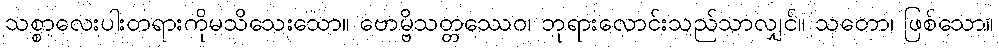
သစ္စာလေးပါးတရားကိုမသိသေးသော။ ဗောမ္ဗိသတ္တဿေဝ၊ ဘုရားလောင်းသည်သာလျှင်။ သတော၊ ဖြစ်သော။